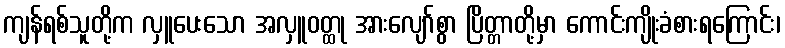
ကျန်ရစ်သူတို့က လှူပေးသော အလှူဝတ္ထု အားလျော်စွာ ပြိတ္တာတို့မှာ ကောင်းကျိုးခံစားရကြောင်း၊